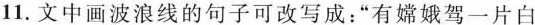
11.文中画波浪线的句子可改写成：”有嫦娥驾一片白